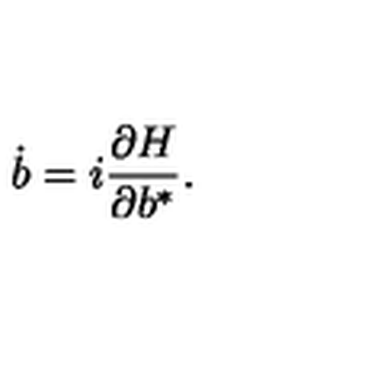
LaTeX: \dot { b } = i \frac { \partial H } { \partial b ^ { * } } .